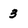
Character: 3